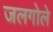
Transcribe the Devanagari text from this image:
जलगोले